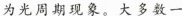
为光周期现象。大多数一